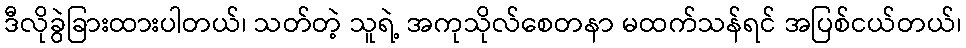
ဒီလိုခွဲခြားထားပါတယ်၊ သတ်တဲ့ သူရဲ့ အကုသိုလ်စေတနာ မထက်သန်ရင် အပြစ်ငယ်တယ်၊